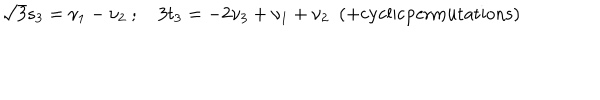
{ \sqrt 3 } s _ { 3 } = \nu _ { 1 } - \nu _ { 2 } \ ; \quad 3 t _ { 3 } = - 2 \nu _ { 3 } + \nu _ { 1 } + \nu _ { 2 } \ \ ( + \mathrm { c y c l i c p e r m u t a t i o n s } )